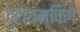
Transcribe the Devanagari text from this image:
ट्रायम्फिंग